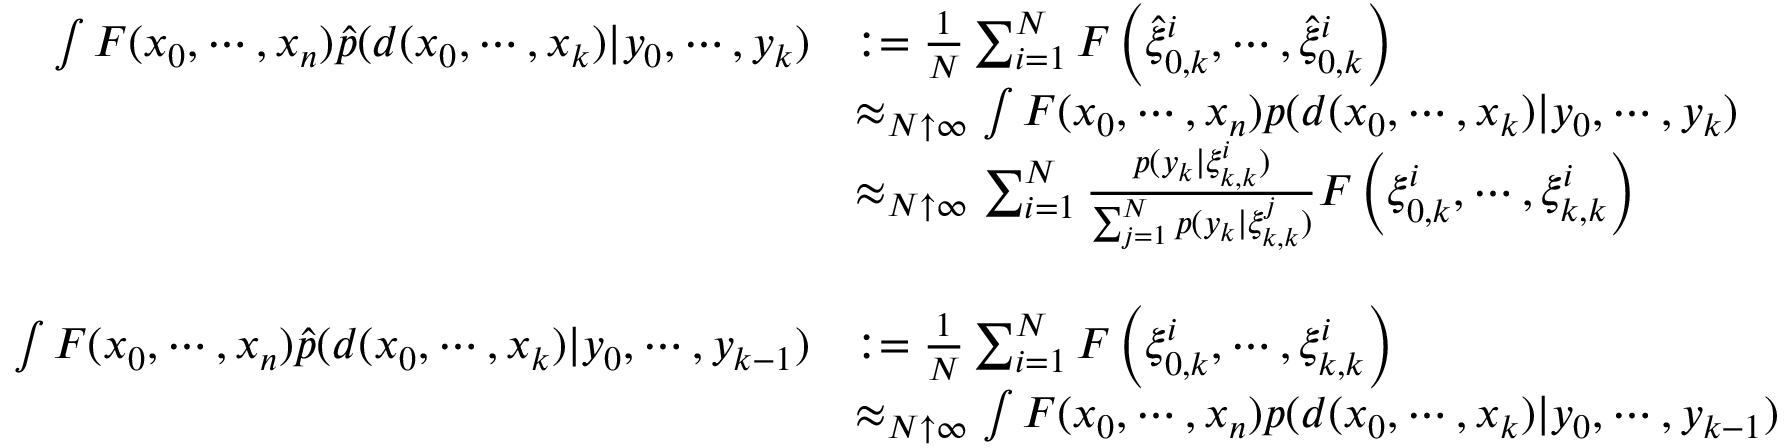
{ \begin{array} { r l } { \int F ( x _ { 0 } , \cdots , x _ { n } ) { \widehat { p } } ( d ( x _ { 0 } , \cdots , x _ { k } ) | y _ { 0 } , \cdots , y _ { k } ) } & { : = { \frac { 1 } { N } } \sum _ { i = 1 } ^ { N } F \left( { \widehat { \xi } } _ { 0 , k } ^ { i } , \cdots , { \widehat { \xi } } _ { 0 , k } ^ { i } \right) } \\ & { \approx _ { N \uparrow \infty } \int F ( x _ { 0 } , \cdots , x _ { n } ) p ( d ( x _ { 0 } , \cdots , x _ { k } ) | y _ { 0 } , \cdots , y _ { k } ) } \\ & { \approx _ { N \uparrow \infty } \sum _ { i = 1 } ^ { N } { \frac { p ( y _ { k } | \xi _ { k , k } ^ { i } ) } { \sum _ { j = 1 } ^ { N } p ( y _ { k } | \xi _ { k , k } ^ { j } ) } } F \left( \xi _ { 0 , k } ^ { i } , \cdots , \xi _ { k , k } ^ { i } \right) } \\ & { \ } \\ { \int F ( x _ { 0 } , \cdots , x _ { n } ) { \widehat { p } } ( d ( x _ { 0 } , \cdots , x _ { k } ) | y _ { 0 } , \cdots , y _ { k - 1 } ) } & { : = { \frac { 1 } { N } } \sum _ { i = 1 } ^ { N } F \left( \xi _ { 0 , k } ^ { i } , \cdots , \xi _ { k , k } ^ { i } \right) } \\ & { \approx _ { N \uparrow \infty } \int F ( x _ { 0 } , \cdots , x _ { n } ) p ( d ( x _ { 0 } , \cdots , x _ { k } ) | y _ { 0 } , \cdots , y _ { k - 1 } ) } \end{array} }